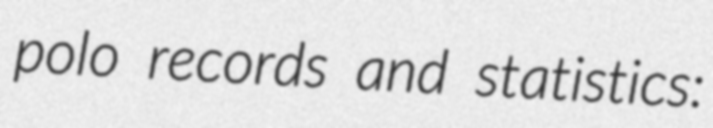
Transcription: polo records and statistics: